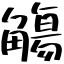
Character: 觴